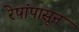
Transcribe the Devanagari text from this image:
रेषांपासून